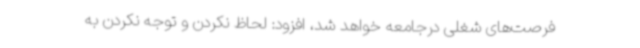
فرصت‌های شغلی درجامعه خواهد شد، افزود: لحاظ نکردن و توجه نکردن به